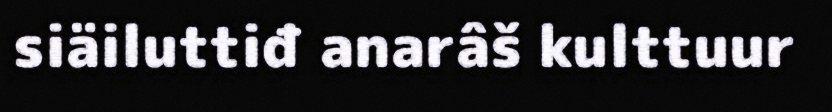
siäiluttiđ anarâš kulttuur